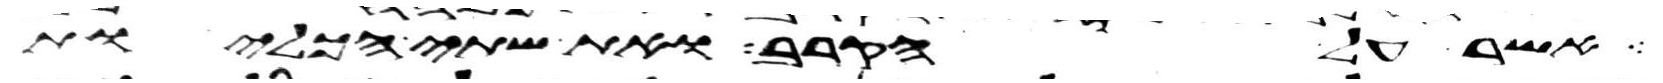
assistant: אשר על הקרב ואת שתי הכליות